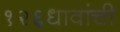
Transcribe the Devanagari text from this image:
१२६धावांची